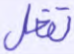
تفعل